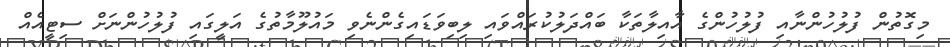
މިގޮތުން ފުލުހުންނާއި ފުލުހުންގެ އާއިލާތަކާ ބައްދަލުކުރައްވައި ލިބިވަޑައިގެންނެވި މައުލޫމާތުގެ އަލީގައި ފުލުހުންނަށް ސިޓީއެއް